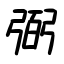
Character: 弼